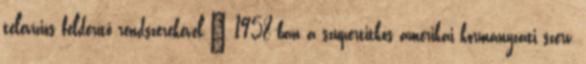
televíziós felderítő rendszerekével.” 1958-ban a szupertitkos amerikai kormányzati szerv,